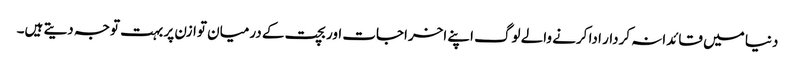
دنیا میں قائدانہ کردار ادا کرنے والے لوگ اپنے اخراجات اور بچت کے درمیان توازن پر بہت توجہ دیتے ہیں۔